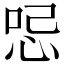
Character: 𠲹